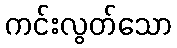
ကင်းလွတ်သော